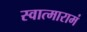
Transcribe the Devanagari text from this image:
स्वात्मारामं